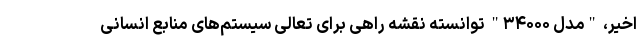
اخیر، "مدل ۳۴۰۰۰" توانسته نقشه راهی برای تعالی سیستم‌های منابع انسانی